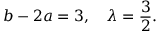
b - 2 a = 3 , \quad \lambda = \frac { 3 } { 2 } .